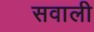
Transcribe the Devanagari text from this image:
सवाली